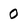
Character: 0